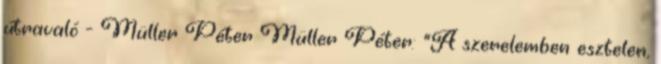
útravaló - Müller Péter Müller Péter: "A szerelemben esztelen,